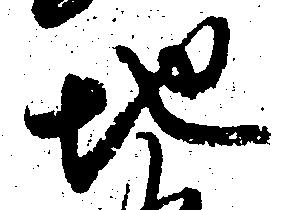
地